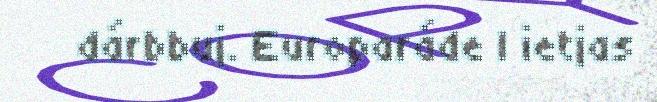
dárbbuj. Europaráde l ietjas